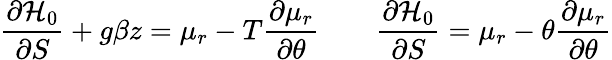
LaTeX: \frac{\partial{\cal H}_{0}}{\partial S}+g\beta z=\mu_{r}-T\frac{\partial\mu_{r}}{\partial\theta}\qquad\frac{\partial{\cal H}_{0}}{\partial S}=\mu_{r}-\theta\frac{\partial\mu_{r}}{\partial\theta}